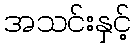
အသင်းနှင့်